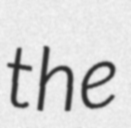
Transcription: the